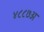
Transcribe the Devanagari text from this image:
४८८७अ